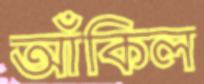
আঁকিল